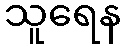
သူရေန